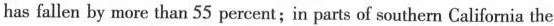
has fallen by more than 55 percent;in parts of southern California the